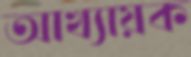
আখ্যায়ক